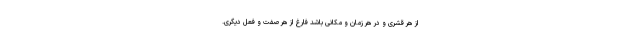
از هر قشری و در هر زمان و مکانی باشد فارغ از هر صفت و فعل دیگری.